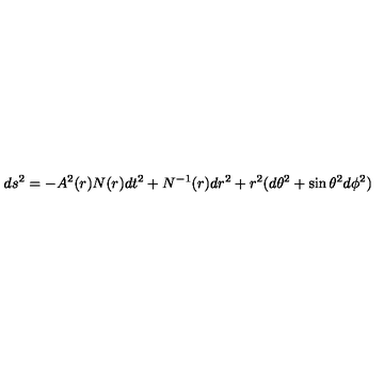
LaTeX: d s ^ { 2 } = - A ^ { 2 } ( r ) N ( r ) d t ^ { 2 } + N ^ { - 1 } ( r ) d r ^ { 2 } + r ^ { 2 } ( d \theta ^ { 2 } + \sin \theta ^ { 2 } d \phi ^ { 2 } )